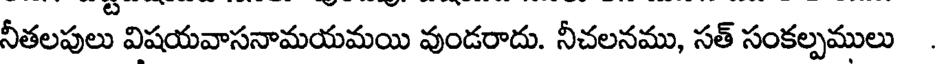
నీతలపులు విషయవాసనామయమయి వుండరాదు. నీచలనము, సత్ సంకల్పములు